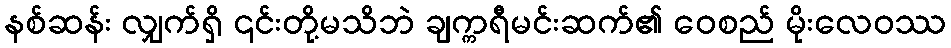
နစ်ဆန်း လျှက်ရှိ ၎င်းတို့မသိဘဲ ချက္ကရီမင်းဆက်၏ ဝေစည် မိုးလေဝဿ